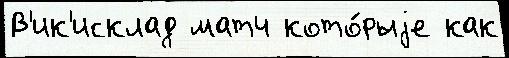
В'ик'исклад матч кото́рыjе как